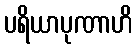
ပရိယာပုဏာဟိ